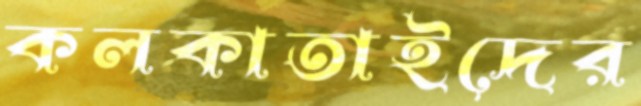
কলকাতাইদের